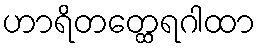
ဟာရိတတ္ထေရဂါထာ